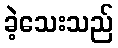
ခဲ့သေးသည်